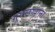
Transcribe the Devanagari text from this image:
ग़ुसलख़ाना